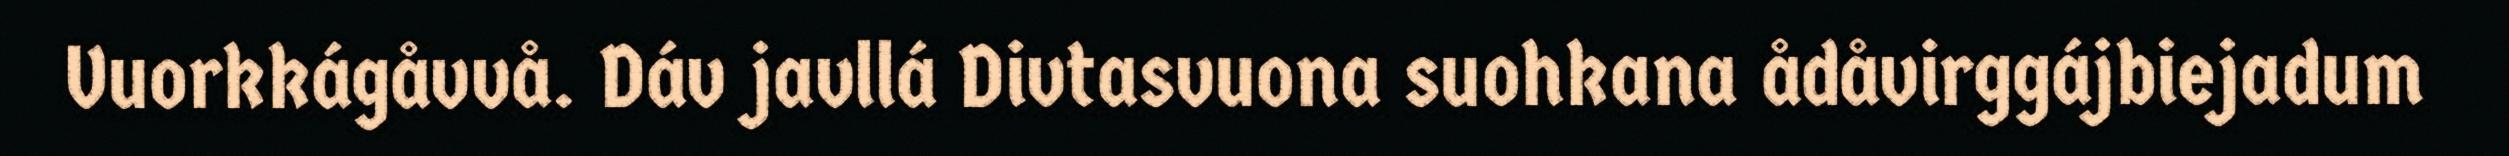
Vuorkkágåvvå. Dáv javllá Divtasvuona suohkana ådåvirggájbiejadum